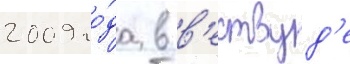
2009 го́да в в'ествуд'е